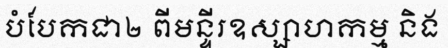
បំបែកជា២ ពីមន្ទីរឧស្សាហកម្ម និង